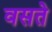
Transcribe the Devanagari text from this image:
वसते